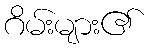
ဂိမ်းများ၏